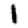
Digit: 1